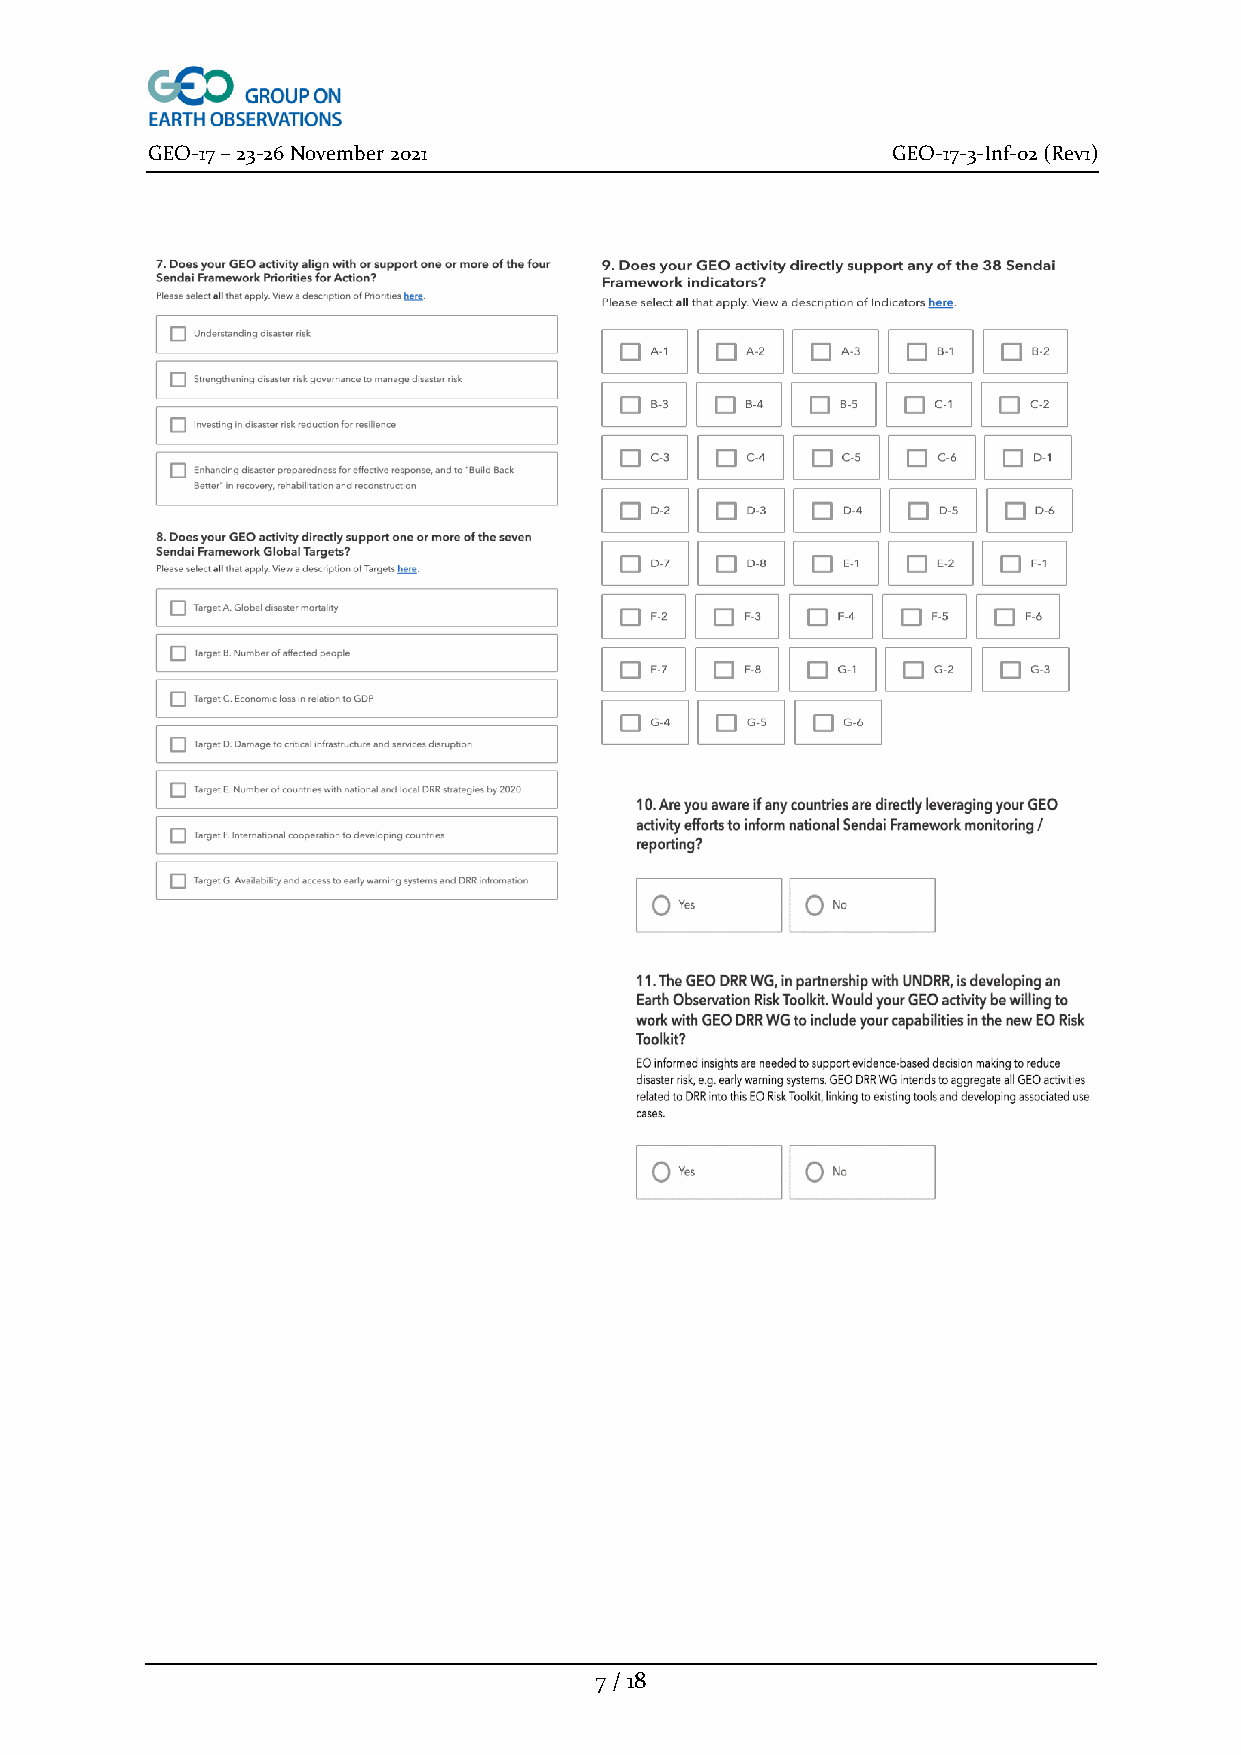
GEO-17 – 23-26 November 2021                     GEO-17-3-Inf-02 (Rev1)
 7 / 18